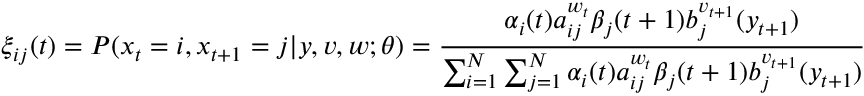
\xi _ { i j } ( t ) = P ( x _ { t } = i , x _ { t + 1 } = j | y , v , w ; \theta ) = { \frac { \alpha _ { i } ( t ) a _ { i j } ^ { w _ { t } } \beta _ { j } ( t + 1 ) b _ { j } ^ { v _ { t + 1 } } ( y _ { t + 1 } ) } { \sum _ { i = 1 } ^ { N } \sum _ { j = 1 } ^ { N } \alpha _ { i } ( t ) a _ { i j } ^ { w _ { t } } \beta _ { j } ( t + 1 ) b _ { j } ^ { v _ { t + 1 } } ( y _ { t + 1 } ) } }